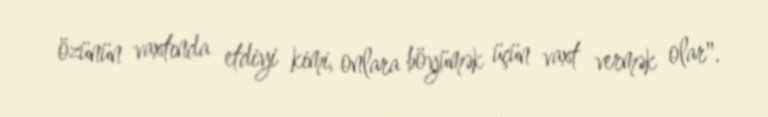
özünün vaxtında etdiyi kimi, onlara böyümək üçün vaxt vermək olar".